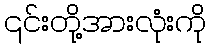
၎င်းတို့အားလုံးကို